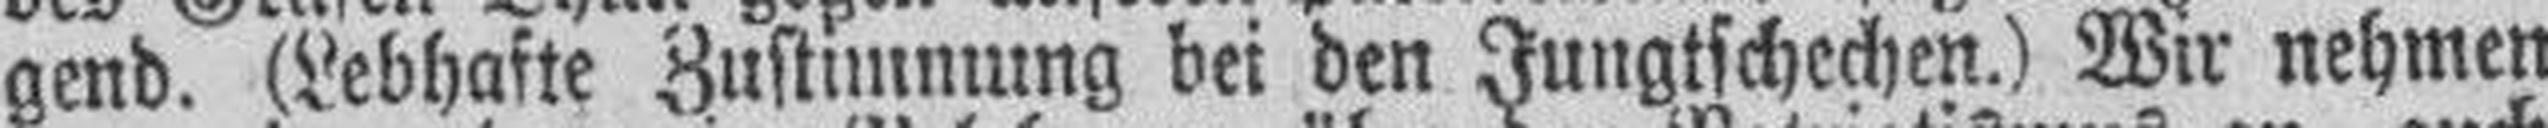
gend. (Lebhafte Zustimmung bei den Jungtschechen.) Wir nehmen